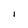
Character: l